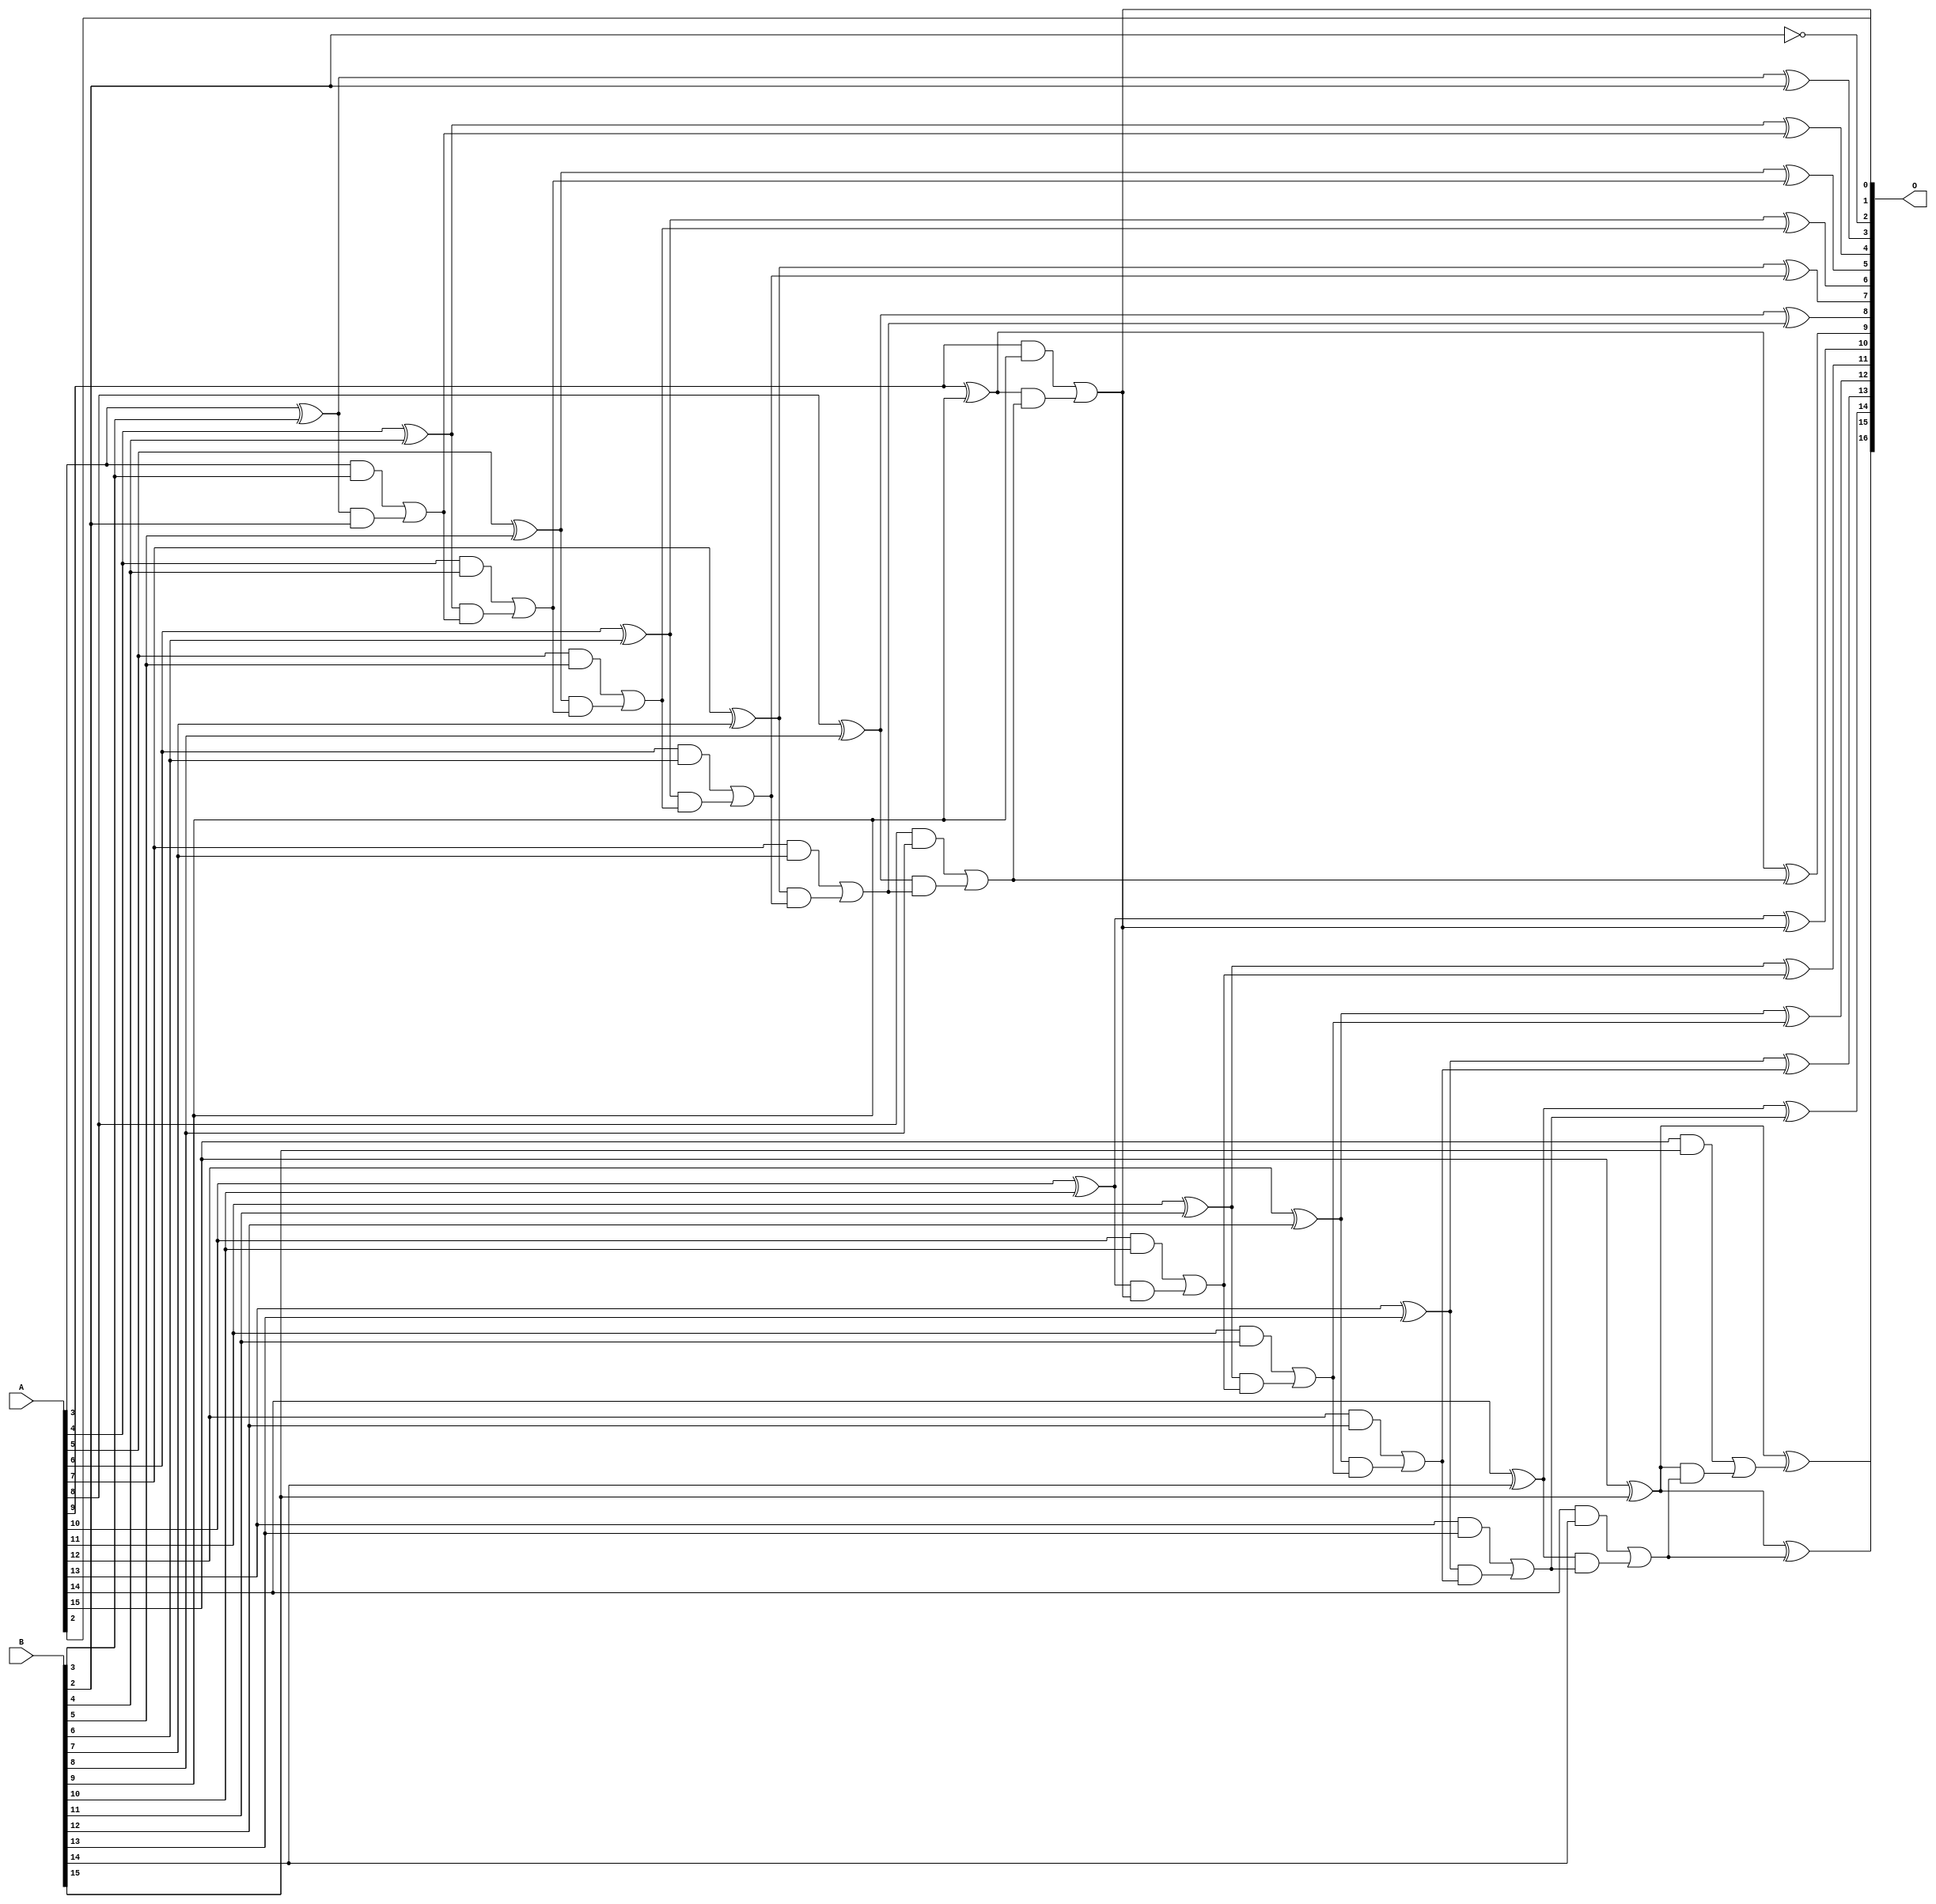
/***
* This code is a part of EvoApproxLib library (ehw.fit.vutbr.cz/approxlib) distributed under The MIT License.
* When used, please cite the following article(s): V. Mrazek, L. Sekanina, Z. Vasicek "Libraries of Approximate Circuits: Automated Design and Application in CNN Accelerators" IEEE Journal on Emerging and Selected Topics in Circuits and Systems, Vol 10, No 4, 2020 
* This file contains a circuit from a sub-set of pareto optimal circuits with respect to the pwr and mse parameters
***/
// MAE% = 0.0024 %
// MAE = 1.6 
// WCE% = 0.0076 %
// WCE = 5.0 
// WCRE% = 400.00 %
// EP% = 81.25 %
// MRE% = 0.053 %
// MSE = 4.0 
// PDK45_PWR = 0.062 mW
// PDK45_AREA = 121.5 um2
// PDK45_DELAY = 1.08 ns

module add16se_334 (
    A,
    B,
    O
);

input [15:0] A;
input [15:0] B;
output [16:0] O;

wire sig_42,sig_44,sig_45,sig_46,sig_47,sig_48,sig_49,sig_50,sig_51,sig_52,sig_53,sig_54,sig_55,sig_56,sig_57,sig_58,sig_59,sig_60,sig_61,sig_62;
wire sig_63,sig_64,sig_65,sig_66,sig_67,sig_68,sig_69,sig_70,sig_71,sig_72,sig_73,sig_74,sig_75,sig_76,sig_77,sig_78,sig_79,sig_80,sig_81,sig_82;
wire sig_83,sig_84,sig_85,sig_86,sig_87,sig_88,sig_89,sig_90,sig_91,sig_92,sig_93,sig_94,sig_95,sig_96,sig_97,sig_98,sig_99,sig_100,sig_101,sig_102;
wire sig_103,sig_104,sig_105,sig_106,sig_107,sig_108,sig_109,sig_110;

assign sig_42 = ~B[2];
assign sig_44 = A[3] ^ B[3];
assign sig_45 = A[3] & B[3];
assign sig_46 = sig_44 & B[2];
assign sig_47 = sig_44 ^ B[2];
assign sig_48 = sig_45 | sig_46;
assign sig_49 = A[4] ^ B[4];
assign sig_50 = A[4] & B[4];
assign sig_51 = sig_49 & sig_48;
assign sig_52 = sig_49 ^ sig_48;
assign sig_53 = sig_50 | sig_51;
assign sig_54 = A[5] ^ B[5];
assign sig_55 = A[5] & B[5];
assign sig_56 = sig_54 & sig_53;
assign sig_57 = sig_54 ^ sig_53;
assign sig_58 = sig_55 | sig_56;
assign sig_59 = A[6] ^ B[6];
assign sig_60 = A[6] & B[6];
assign sig_61 = sig_59 & sig_58;
assign sig_62 = sig_59 ^ sig_58;
assign sig_63 = sig_60 | sig_61;
assign sig_64 = A[7] ^ B[7];
assign sig_65 = A[7] & B[7];
assign sig_66 = sig_64 & sig_63;
assign sig_67 = sig_64 ^ sig_63;
assign sig_68 = sig_65 | sig_66;
assign sig_69 = A[8] ^ B[8];
assign sig_70 = A[8] & B[8];
assign sig_71 = sig_69 & sig_68;
assign sig_72 = sig_69 ^ sig_68;
assign sig_73 = sig_70 | sig_71;
assign sig_74 = A[9] ^ B[9];
assign sig_75 = A[9] & B[9];
assign sig_76 = sig_74 & sig_73;
assign sig_77 = sig_74 ^ sig_73;
assign sig_78 = sig_75 | sig_76;
assign sig_79 = A[10] ^ B[10];
assign sig_80 = A[10] & B[10];
assign sig_81 = sig_79 & sig_78;
assign sig_82 = sig_79 ^ sig_78;
assign sig_83 = sig_80 | sig_81;
assign sig_84 = A[11] ^ B[11];
assign sig_85 = A[11] & B[11];
assign sig_86 = sig_84 & sig_83;
assign sig_87 = sig_84 ^ sig_83;
assign sig_88 = sig_85 | sig_86;
assign sig_89 = A[12] ^ B[12];
assign sig_90 = A[12] & B[12];
assign sig_91 = sig_89 & sig_88;
assign sig_92 = sig_89 ^ sig_88;
assign sig_93 = sig_90 | sig_91;
assign sig_94 = A[13] ^ B[13];
assign sig_95 = A[13] & B[13];
assign sig_96 = sig_94 & sig_93;
assign sig_97 = sig_94 ^ sig_93;
assign sig_98 = sig_95 | sig_96;
assign sig_99 = A[14] ^ B[14];
assign sig_100 = A[14] & B[14];
assign sig_101 = sig_99 & sig_98;
assign sig_102 = sig_99 ^ sig_98;
assign sig_103 = sig_100 | sig_101;
assign sig_104 = A[15] ^ B[15];
assign sig_105 = A[15] & B[15];
assign sig_106 = sig_104 & sig_103;
assign sig_107 = sig_104 ^ sig_103;
assign sig_108 = sig_105 | sig_106;
assign sig_109 = A[15] ^ B[15];
assign sig_110 = sig_109 ^ sig_108;

assign O[16] = sig_110;
assign O[15] = sig_107;
assign O[14] = sig_102;
assign O[13] = sig_97;
assign O[12] = sig_92;
assign O[11] = sig_87;
assign O[10] = sig_82;
assign O[9] = sig_77;
assign O[8] = sig_72;
assign O[7] = sig_67;
assign O[6] = sig_62;
assign O[5] = sig_57;
assign O[4] = sig_52;
assign O[3] = sig_47;
assign O[2] = sig_42;
assign O[1] = A[2];
assign O[0] = sig_78;

endmodule